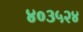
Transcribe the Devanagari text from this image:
४०३५२४